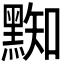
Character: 𪑜